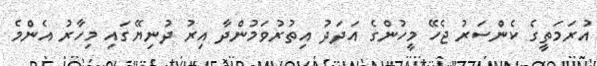
އުރަމަތީގެ ކެންސަރު ޖެހޭ މީހުންގެ އަދަދު އިތުރުވަމުންދާ އިރު ދުނިޔޭގައި މިހާރު އެންމެ